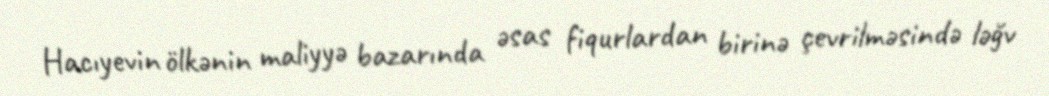
Hacıyevin ölkənin maliyyə bazarında əsas fiqurlardan birinə çevrilməsində ləğv